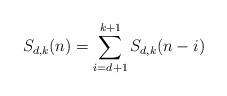
LaTeX: \begin{align*} S_{d,k}(n) = \sum_{i=d+1}^{k+1} S_{d,k}(n-i)\end{align*}